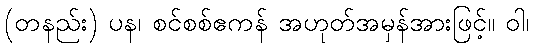
(တနည်း) ပန၊ စင်စစ်ဧကန် အဟုတ်အမှန်အားဖြင့်။ ဝါ၊